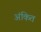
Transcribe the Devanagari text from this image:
अंकित